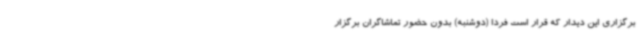
برگزاری این دیدار که قرار است فردا (دوشنبه) بدون حضور تماشاگران برگزار